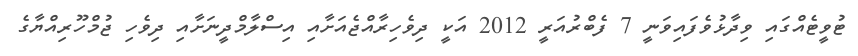
ޓުވީޓެއްގައި ވިދާޅުވެފައިވަނީ 7 ފެބްރުއަރީ 2012 އަކީ ދިވެހިރާއްޖެއަށާއި އިސްލާމްދީނަށާއި ދިވެހި ޖުމްހޫރިއްޔާގެ